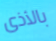
بالأذى